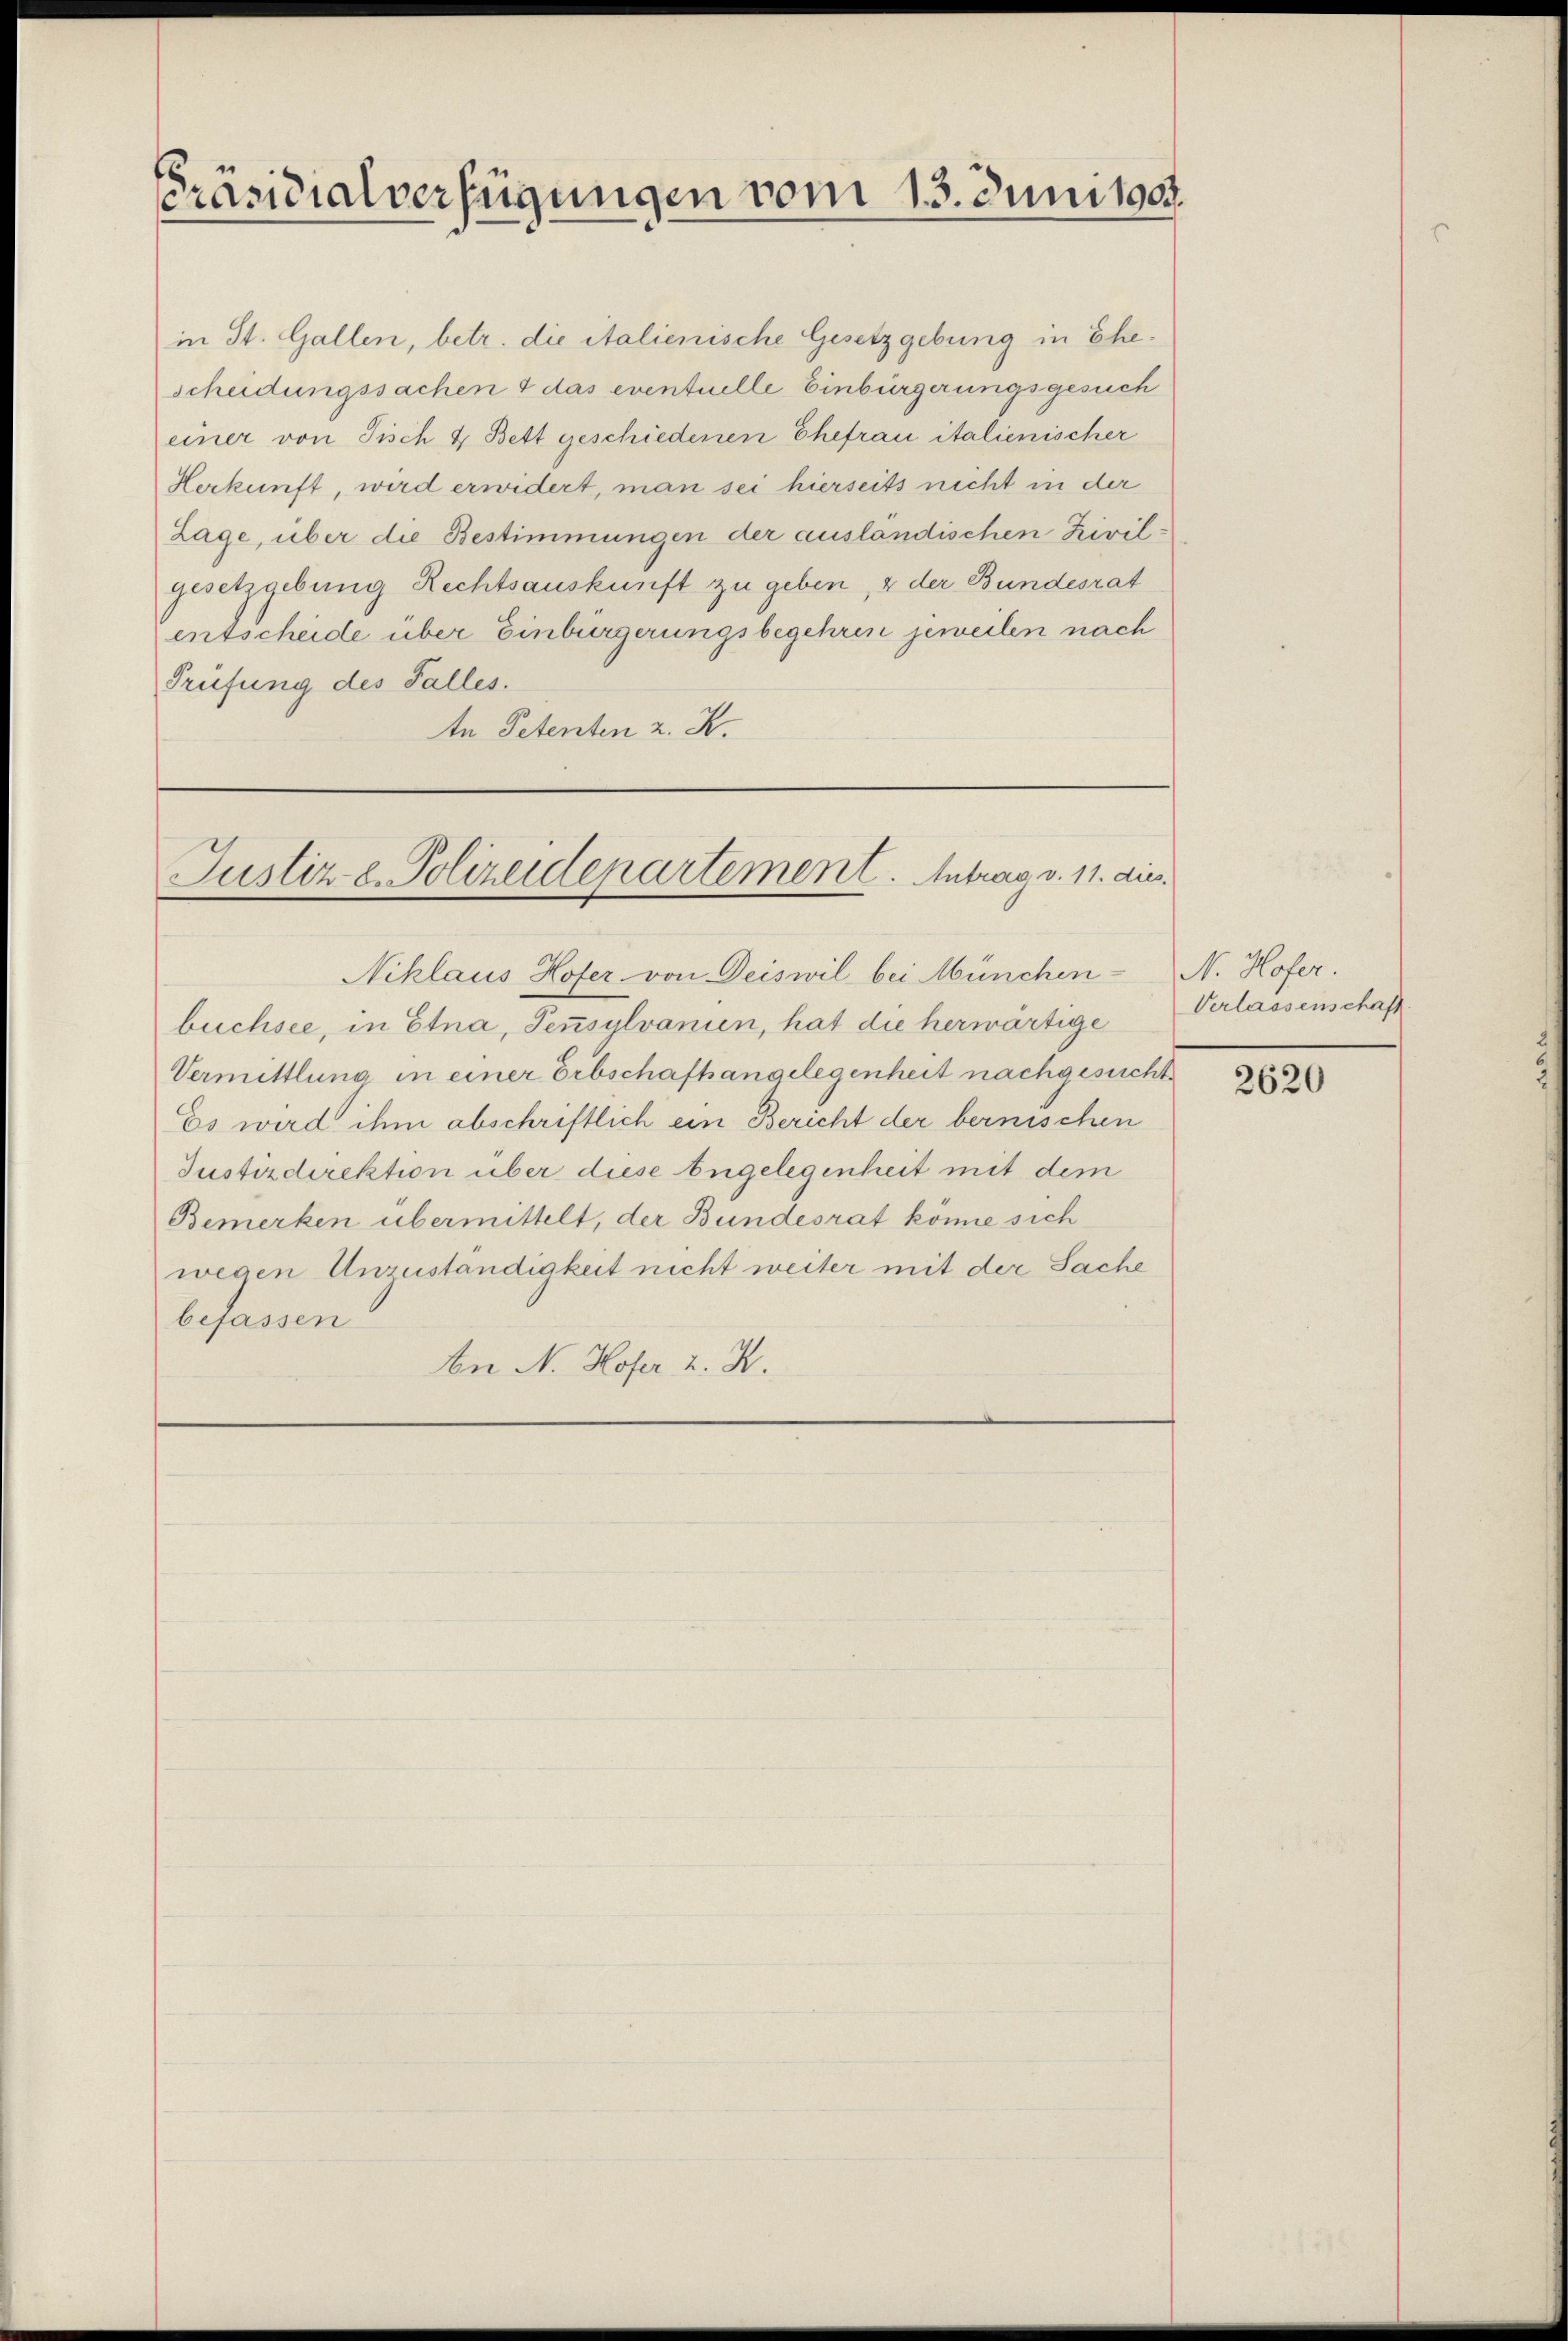
Präsidialverfügungen vom 13. Juni 190.

in St. Gallen, betr. die italienische Gesetzgebung in Ehescheidungssachen 4 das eventuelle Einbürgerungsgesuch
einer von Tisch & Bett geschiedenen Ehefrau italienischer
Herkunft, wird erwidert, man sei hierseits nicht in der
Lage, über die Bestimmungen der ausländischen Zivilgesetzgebung Rechtsauskunft zu geben, 2 der Bundesrat
entscheide über Einbürgerungsbegehren jeweilen nach
Prüfung des Falles.
te Petenten z. K.

Niklaus Hofer von Deiswil bei München- N. Hofer.
büchsee, in Etna, Tensylvanien, hat die herwärtige
Vermittlung in einer Erbschaftsangelegenheit nachgesucht
Es wird ihm abschriftlich ein Bericht der bernischen
Justizdirektion über diese begelegenheit mit dem
Bemerken übermittelt, der Bundesrat könne sich
wegen Unzuständigkeit nicht weiter mit der Sache
befassen
An N. Hofer 2. X.

Justiz u. Polizeidepartement. Antrag v. 11. dies

Verlassenschaft.

2620